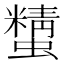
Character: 𧓔